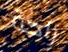
راحة